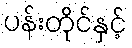
ပန်းတိုင်နှင့်